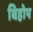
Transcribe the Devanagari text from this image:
बिहोप